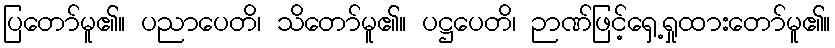
ပြတော်မူ၏။ ပညာပေတိ၊ သိတော်မူ၏။ ပဋ္ဌပေတိ၊ ဉာဏ်ဖြင့်ရှေ့ရှုထားတော်မူ၏။